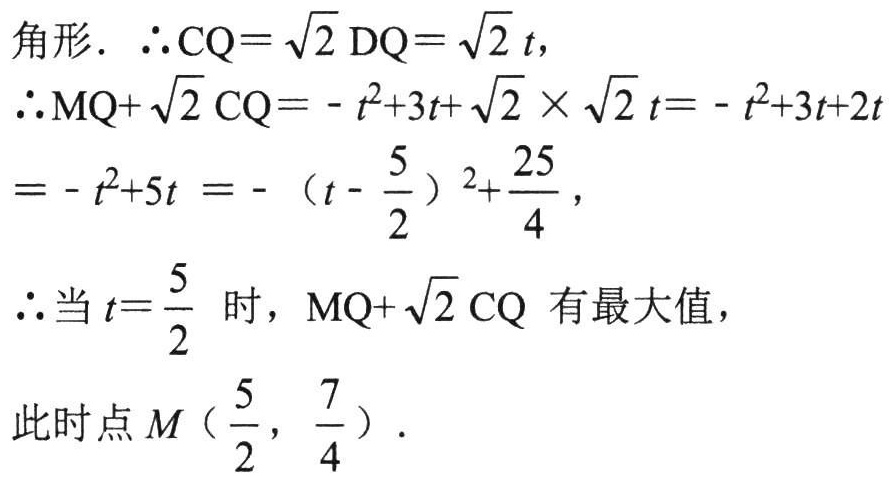
角形. $\therefore \mathrm{CQ}=\sqrt{2}\mathrm{DQ}=\sqrt{2}t$，
$\therefore \mathrm{MQ}+\sqrt{2}\mathrm{CQ}=-t^{2}+3t+\sqrt{2}\times\sqrt{2}t=-t^{2}+3t + 2t$
$=-t^{2}+5t=-(t - \frac{5}{2})^{2}+\frac{25}{4}$，
$\therefore$当$t = \frac{5}{2}$时，$\mathrm{MQ}+\sqrt{2}\mathrm{CQ}$ 有最大值，
此时点$M(\frac{5}{2},\frac{7}{4})$.